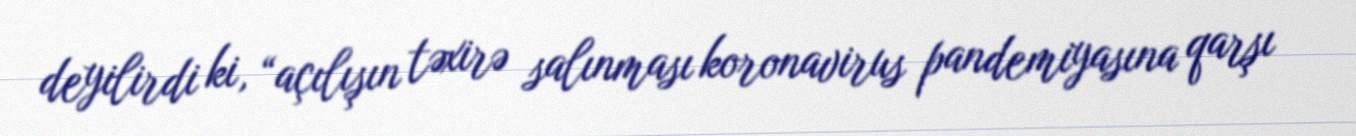
deyilirdi ki, “açılışın təxirə salınması koronavirus pandemiyasına qarşı